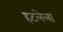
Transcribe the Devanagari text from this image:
हटलेला